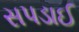
સપડાઈ